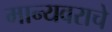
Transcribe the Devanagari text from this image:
मान्यवराचे